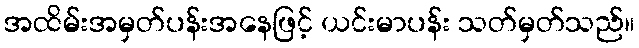
အထိမ်းအမှတ်ပန်းအနေဖြင့် ယင်းမာပန်း သတ်မှတ်သည်။